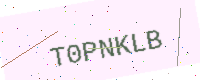
Text: T0PNKLB